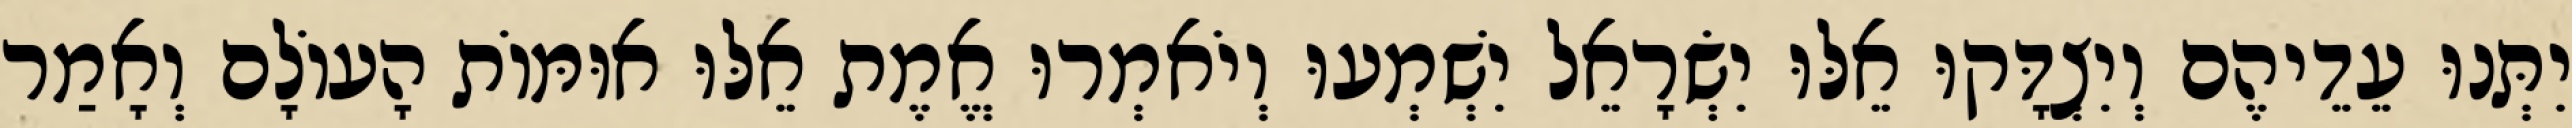
יִתְּנוּ עֵדֵיהֶם וְיִצְדָּקוּ אֵלּוּ יִשְׂרָאֵל יִשְׁמְעוּ וְיֹאמְרוּ אֱמֶת אֵלּוּ אוּמּוֹת הָעוֹלָם וְאָמַר